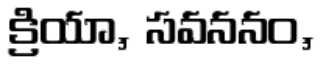
క్రియా, సవననం,